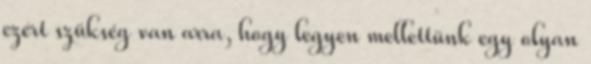
ezért szükség van arra, hogy legyen mellettünk egy olyan